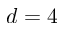
d = 4